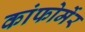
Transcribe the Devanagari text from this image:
कांफोर्मेर